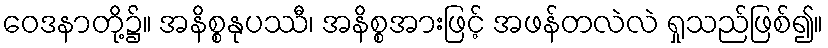
ဝေဒနာတို့၌။ အနိစ္စနုပဿီ၊ အနိစ္စအားဖြင့် အဖန်တလဲလဲ ရှုသည်ဖြစ်၍။